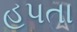
હપતા